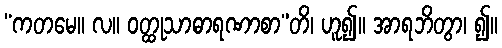
“ကတမေ။ လ။ ဝတ္ထုသာဓာရဏာစာ”တိ၊ ဟူ၍။ အာရဘိတွာ၊ ၍။